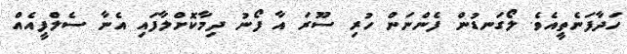
ހަދާފަނެތީއެވެ. ލޯގަނޑުން ފެންނަން ހުރި ސޫރަ އާ ފޯނު ދިމާކޮށްލާފައި އެނާ ސެލްފީއެއް